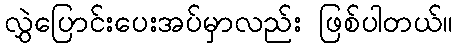
လွှဲပြောင်းပေးအပ်မှာလည်း ဖြစ်ပါတယ်။